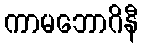
ကာမဘောဂိနီ